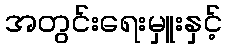
အတွင်းရေးမှူးနှင့်